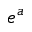
e ^ { a }